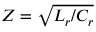
{ Z = \sqrt { L _ { r } / C _ { r } } }